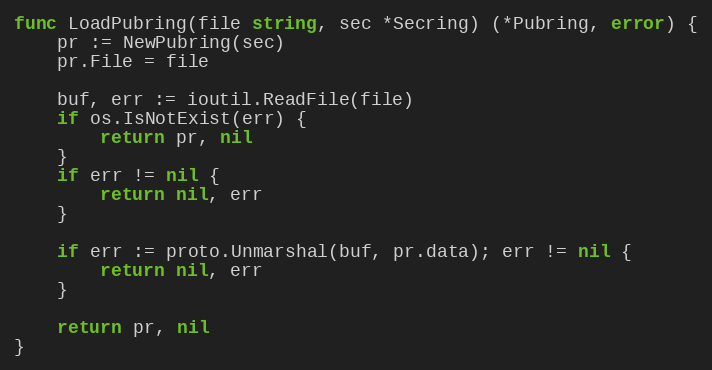
Language: Go
func LoadPubring(file string, sec *Secring) (*Pubring, error) {
	pr := NewPubring(sec)
	pr.File = file

	buf, err := ioutil.ReadFile(file)
	if os.IsNotExist(err) {
		return pr, nil
	}
	if err != nil {
		return nil, err
	}

	if err := proto.Unmarshal(buf, pr.data); err != nil {
		return nil, err
	}

	return pr, nil
}